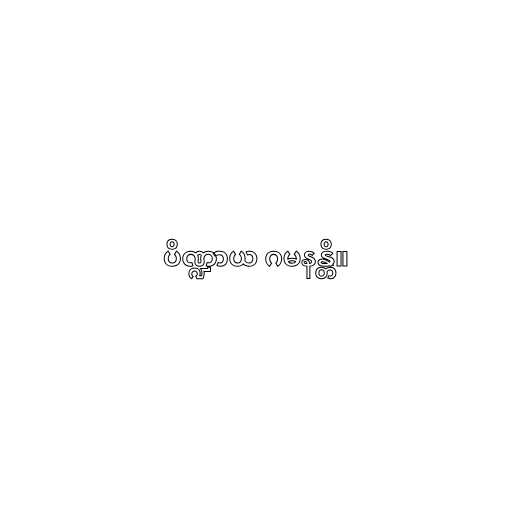
ပိဏ္ဍာယ ဂမနန္တိ။